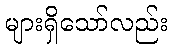
များရှိသော်လည်း